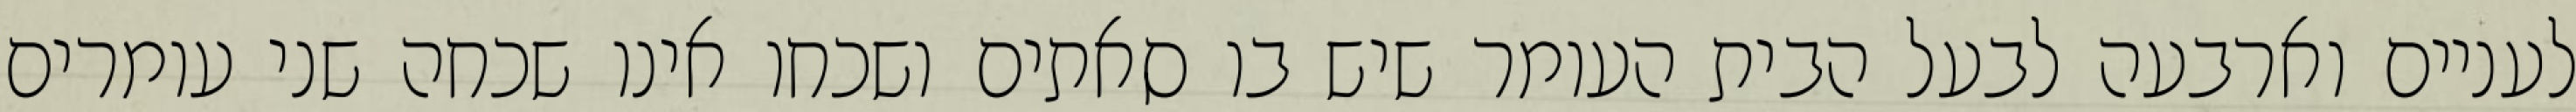
לעניים וארבעה לבעל הבית העומר שיש בו סאתים ושכחו אינו שכחה שני עומרים